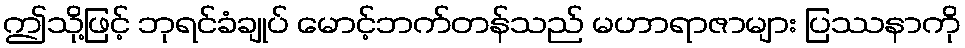
ဤသို့ဖြင့် ဘုရင်ခံချုပ် မောင့်ဘက်တန်သည် မဟာရာဇာများ ပြဿနာကို